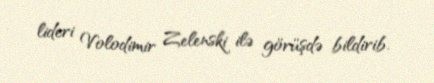
lideri Volodimir Zelenski ilə görüşdə bildirib.